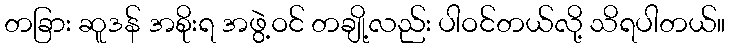
တခြား ဆူဒန် အစိုးရ အဖွဲ့ဝင် တချို့လည်း ပါဝင်တယ်လို့ သိရပါတယ်။